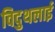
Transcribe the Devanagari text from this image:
विदुथलाई